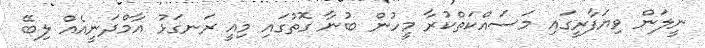
ނީލަން ވިޔަފާރީގައި މަސައްކަތްކުރާ މީހުން ބުނާ ގޮތުގައި މިއީ ރަނގަޅު އާމްދަނީއެއް ލިބޭ